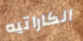
الكاراتيه